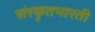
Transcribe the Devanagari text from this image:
संस्कृतभारती